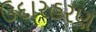
ઉદારહરણ